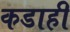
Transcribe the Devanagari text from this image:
कडाही